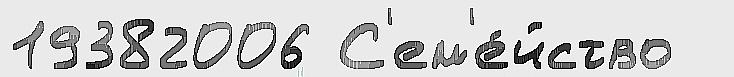
19382006 С'ем'е́йство